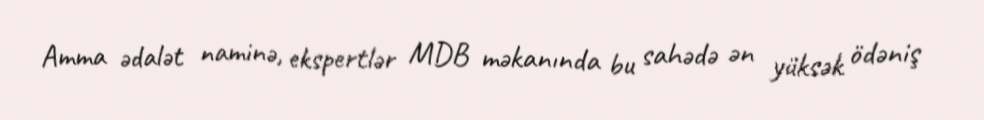
Amma ədalət naminə, ekspertlər MDB məkanında bu sahədə ən yüksək ödəniş